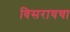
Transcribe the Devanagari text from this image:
विसरायचा